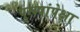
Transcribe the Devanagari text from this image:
पुरूषांपेक्षा